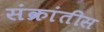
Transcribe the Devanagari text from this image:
संक्रांतीस